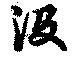
没